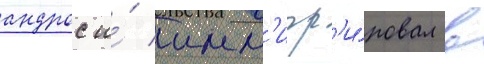
андрос и́ имм'игр'и́ровал в